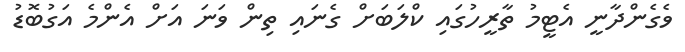
ވެގެންދާނީ އެޓީމު ތާރީހުގައި ކްލަބަށް ގެނައި ތިން ވަނަ އަށް އެންމެ އަގުބޮޑު